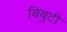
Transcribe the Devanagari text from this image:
बिंबुटी